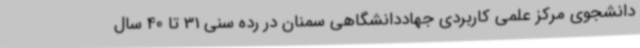
دانشجوی مرکز علمی کاربردی جهاددانشگاهی سمنان در رده سنی 31 تا 40 سال